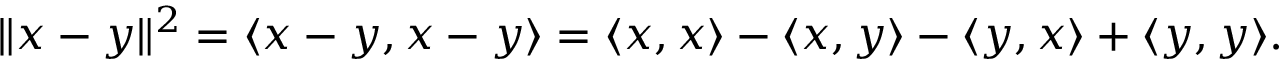
\| x - y \| ^ { 2 } = \langle x - y , x - y \rangle = \langle x , x \rangle - \langle x , y \rangle - \langle y , x \rangle + \langle y , y \rangle .